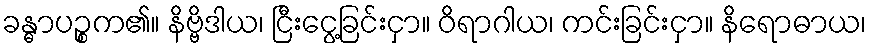
ခန္ဓာပဉ္စက၏။ နိဗ္ဗိဒါယ၊ ငြီးငွေ့ခြင်းငှာ။ ဝိရာဂါယ၊ ကင်းခြင်းငှာ။ နိရောဓာယ၊